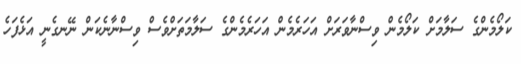
ކަލޯމެންގެ ސަލާމަށް ކަލޯމެން ވިސްނާވަރަށް އަހަރެމެން އަހަރެމެންގެ ސަލާމަތަށްވެސް ވިސްނާނެކަން ނޭނގެނީ އަޅެފަހެ